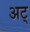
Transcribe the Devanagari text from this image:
अट्